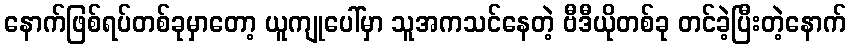
နောက်ဖြစ်ရပ်တစ်ခုမှာတော့ ယူကျုပေါ်မှာ သူအကသင်နေတဲ့ ဗီဒီယိုတစ်ခု တင်ခဲ့ပြီးတဲ့နောက်